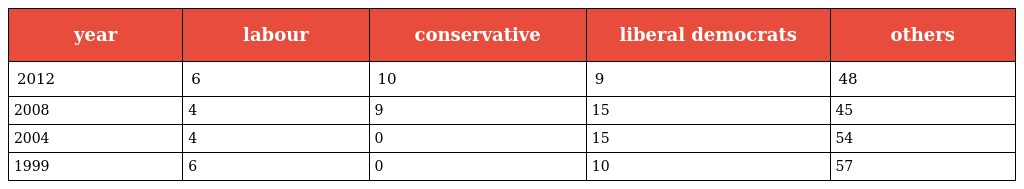
| year | labour | conservative | liberal democrats | others |
 | --- | --- | --- | --- | --- |
 | 2012 | 6 | 10 | 9 | 48 |
 | 2008 | 4 | 9 | 15 | 45 |
 | 2004 | 4 | 0 | 15 | 54 |
 | 1999 | 6 | 0 | 10 | 57 |